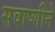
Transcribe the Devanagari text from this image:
सवाष्णीने